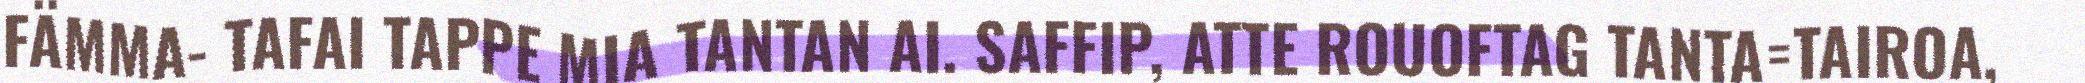
FÄMMA- TAFAI TAPPE MIA TANTAN AI. SAFFIP, ATTE ROUOFTAG TANTA=TAIROA,